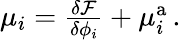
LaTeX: \begin{array}{r}{\mu_{i}=\frac{\delta\mathcal{F}}{\delta\phi_{i}}+\mu_{i}^{\mathrm{a}}\, .}\end{array}